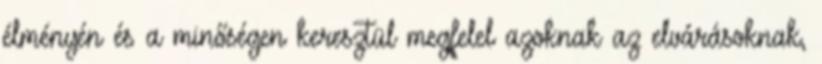
élményén és a minőségen keresztül megfelel azoknak az elvárásoknak,